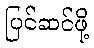
ပြင်ဆင်ဖို့